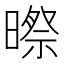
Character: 暩